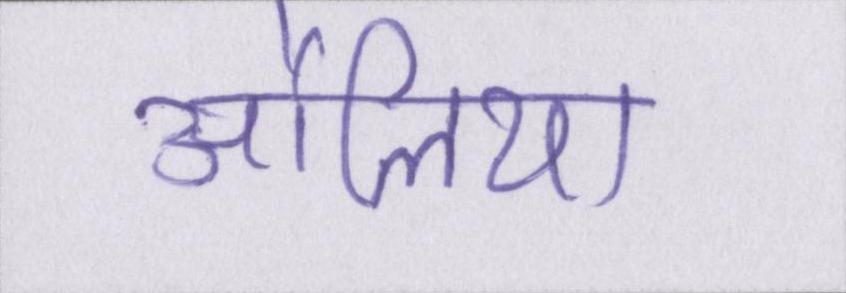
औलिया